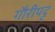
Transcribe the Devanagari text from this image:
गौरीपट्ट